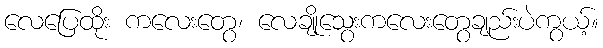
လေပြေထိုး ကလေးတွေ၊ လေချိုသွေးကလေးတွေချည်းပဲကွယ့်။